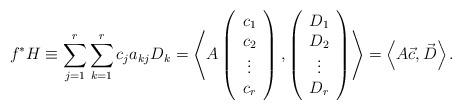
LaTeX: \begin{align*}f^{*}H\equiv \sum_{j=1}^{r}\sum_{k=1}^{r}c_{j}a_{kj}D_{k}=\left< A\left( \begin{array}{c}c_{1}\\c_{2}\\\vdots \\c_{r}\end{array}\right),\left(\begin{array}{c}D_{1}\\D_{2}\\\vdots \\D_{r}\end{array}\right)\right>=\left<A\vec{c},\vec{D}\right>.\end{align*}